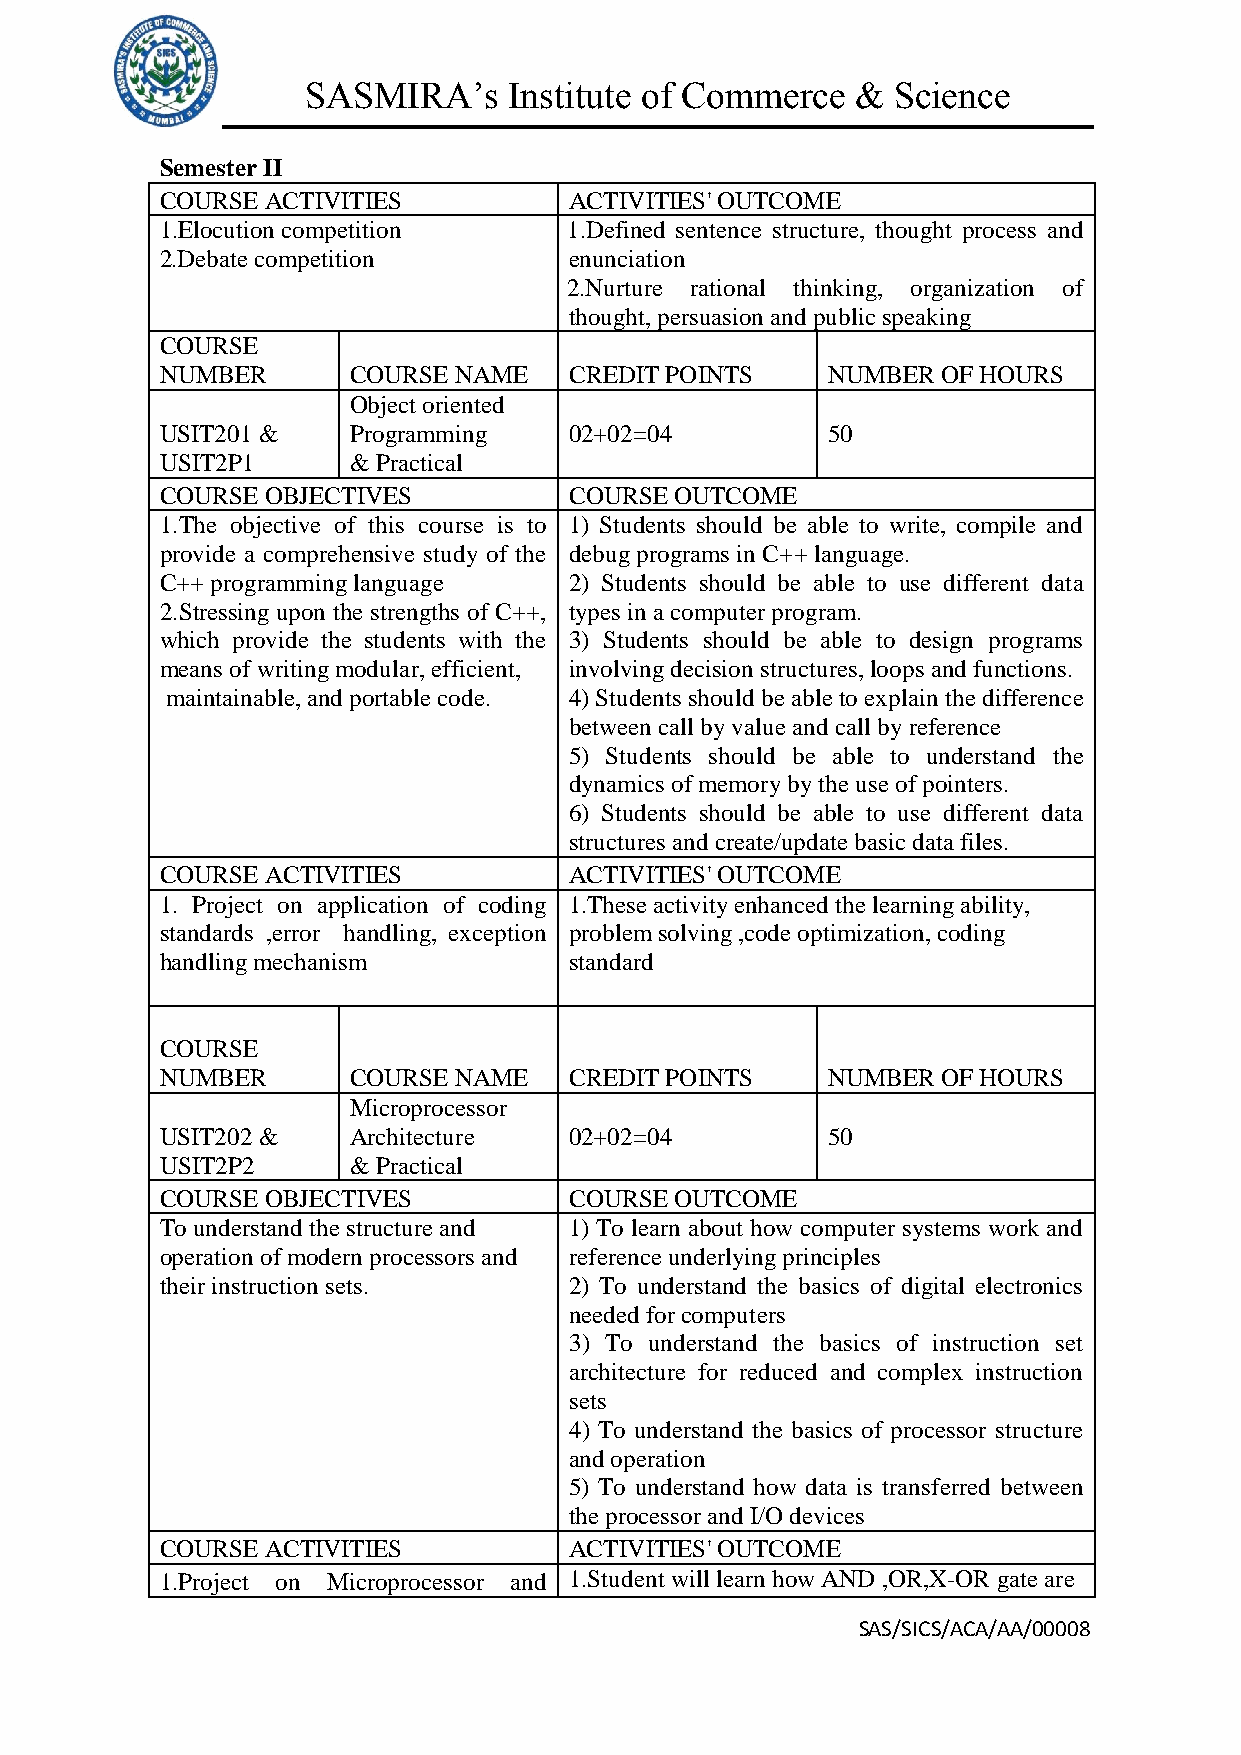
SASMIRA’s     Institute of Commerce  & Science
 Semester II
 COURSE ACTIVITIES          ACTIVITIES' OUTCOME
 1.Elocution competition    1.Defined sentence structure, thought process and
 2.Debate competition       enunciation
 2.Nurture rational thinking, organization of
 thought, persuasion and public speaking
 COURSE
 NUMBER      COURSE NAME    CREDIT POINTS    NUMBER OF HOURS
 Object oriented
 USIT201 &   Programming    02+02=04         50
 USIT2P1     & Practical
 COURSE OBJECTIVES          COURSE OUTCOME
 1.The objective of this course is to 1) Students should be able to write, compile and
 provide a comprehensive study of the debug programs in C++ language.
 C++ programming language   2) Students should be able to use different data
 2.Stressing upon the strengths of C++, types in a computer program.
 which provide the students with the 3) Students should be able to design programs
 means of writing modular, efficient, involving decision structures, loops and functions.
 maintainable, and portable code. 4) Students should be able to explain the difference
 between call by value and call by reference
 5) Students should be able to understand the
 dynamics of memory by the use of pointers.
 6) Students should be able to use different data
 structures and create/update basic data files.
 COURSE ACTIVITIES          ACTIVITIES' OUTCOME
 1. Project on application of coding 1.These activity enhanced the learning ability,
 standards ,error handling, exception problem solving ,code optimization, coding
 handling mechanism         standard
 COURSE
 NUMBER      COURSE NAME    CREDIT POINTS    NUMBER OF HOURS
 Microprocessor
 USIT202 &   Architecture   02+02=04         50
 USIT2P2     & Practical
 COURSE OBJECTIVES          COURSE OUTCOME
 To understand the structure and 1) To learn about how computer systems work and
 operation of modern processors and reference underlying principles
 their instruction sets.    2) To understand the basics of digital electronics
 needed for computers
 3) To understand the basics of instruction set
 architecture for reduced and complex instruction
 sets
 4) To understand the basics of processor structure
 and operation
 5) To understand how data is transferred between
 the processor and I/O devices
 COURSE ACTIVITIES          ACTIVITIES' OUTCOME
 1.Project on Microprocessor and 1.Student will learn how AND ,OR,X-OR gate are
 SAS/SICS/ACA/AA/00008